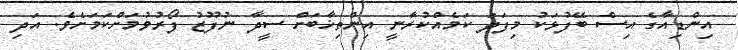
އިންޑިއާގެ އިސް ބޭފުޅަކު މިފަދަ ކަމެއްކުރާނީ އިންތިޚާބަށް ސީދާ ނުފޫޒު ފޯރުވުމަށްކަމަށެވެ. އަދި